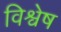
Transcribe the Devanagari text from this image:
विश्वेष